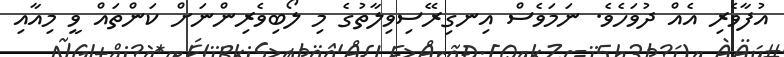
އުފާވެރި އެއް ދުވަހެވެ. ނަމަވެސް އިނގިރޭސިވިލާތުގެ މި ލޯބިވެރިންނަށް ކަންތައް ވީ މިއާއި